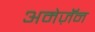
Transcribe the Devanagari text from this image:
अमेज़ॅन